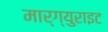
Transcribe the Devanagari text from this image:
मार्ग्युराइट